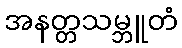
အနတ္တသမ္ဘူတံ